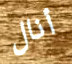
أنال